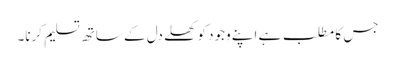
جس کا مطلب ہے اپنے وجود کو کھلے دل کے ساتھ تسلیم کرنا۔